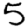
Digit: 5